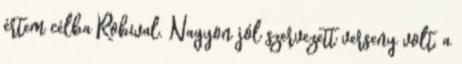
értem célba Robival. Nagyon jól szervezett verseny volt, a